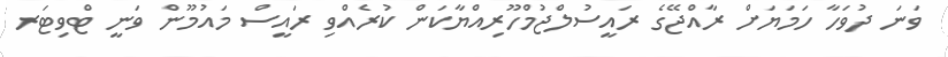
ވަނަ ދުވަހާ ހަމަޔަށް ރާއްޖޭގެ ރައީސުލްޖުމްހޫރިއްޔާކަން ކުރެއްވި ރައީސް މައުމޫން ވަނީ ޓްވިޓަރ